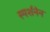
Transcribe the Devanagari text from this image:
स्पर्शनेन